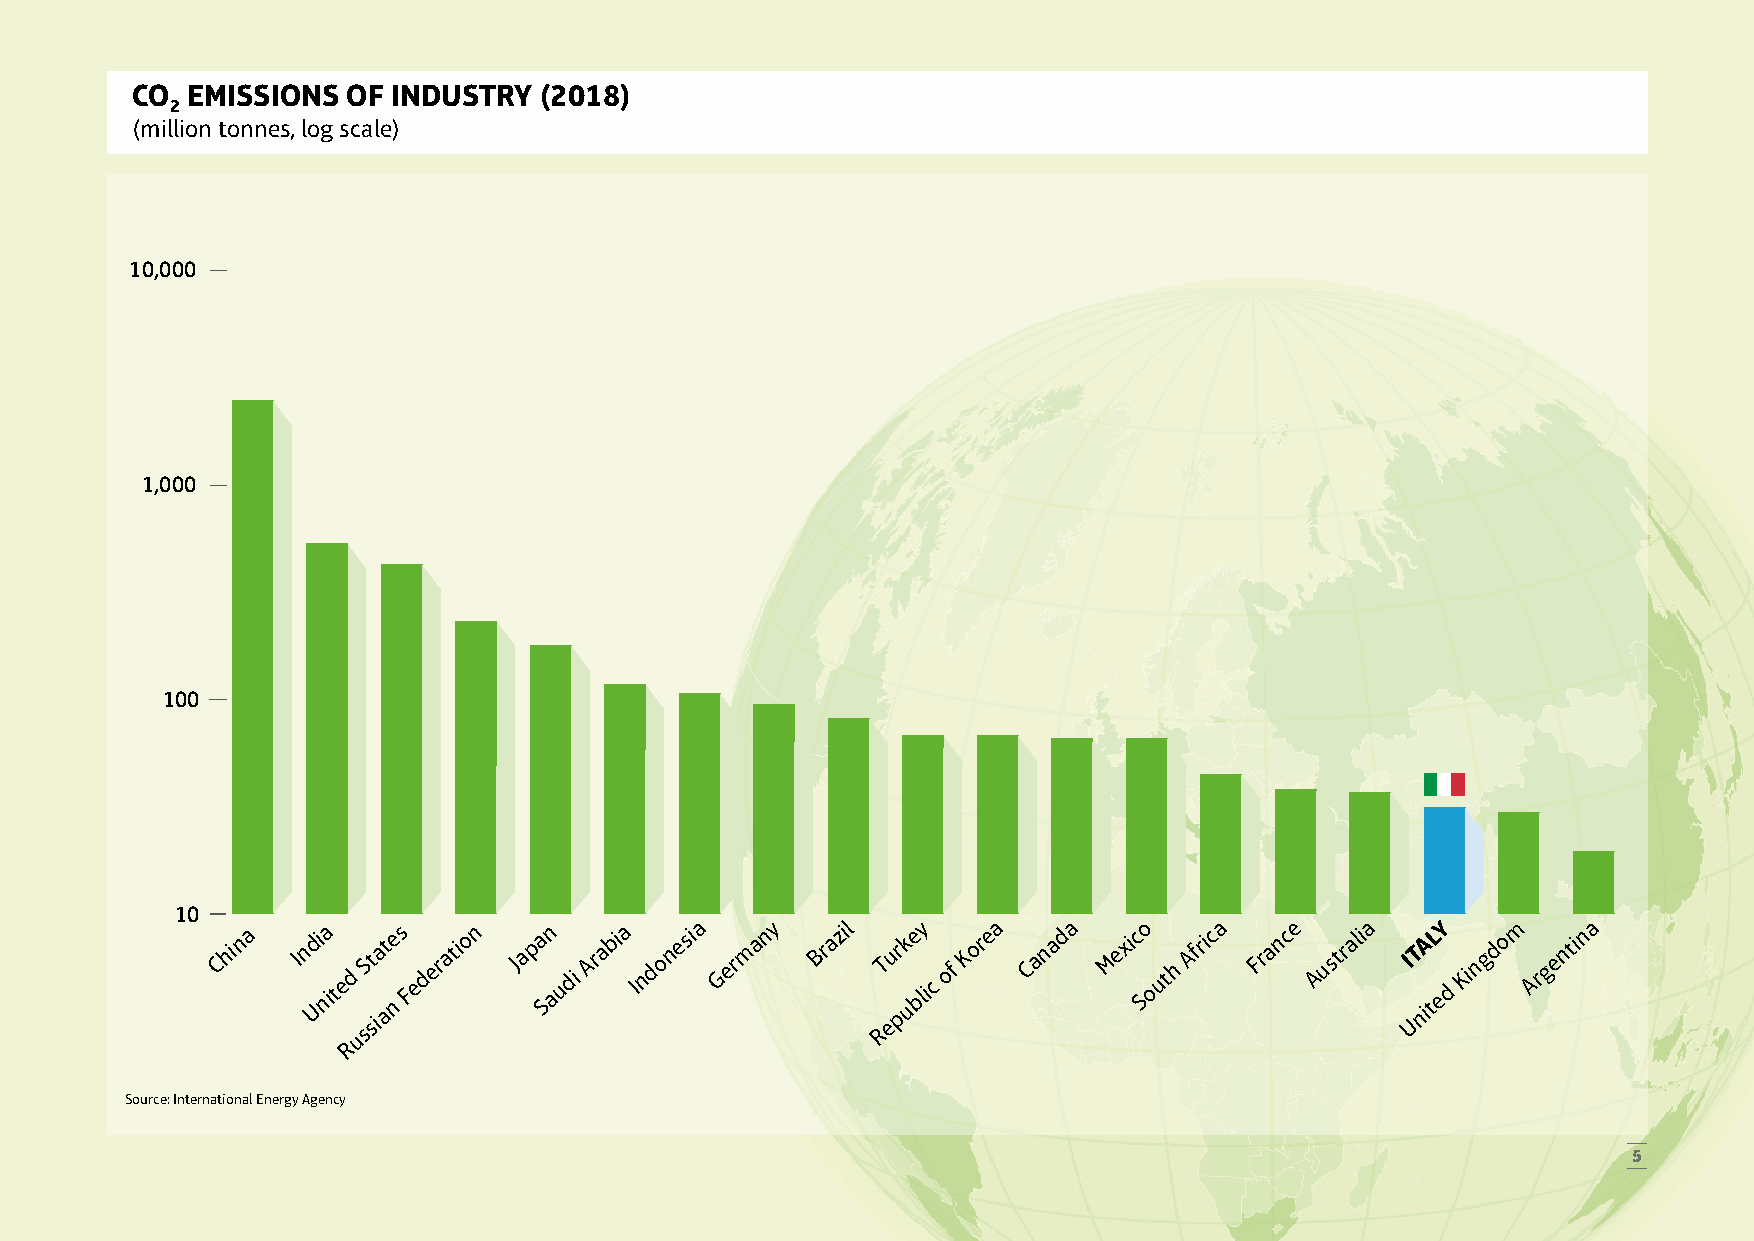
CO EMISSIONS  OF INDUSTRY  (2018)
 2
 (million tonnes, log scale)
 10,000
 1,000
 100
 10
 China Ind Ui na
 ited
 usSt sia at ne s Federation Japa Sn
 audi
 Arabia Indonesia Germ any Brazil RT eur pk ue bly
 ic
 of Korea Canada Mexic So outh Africa France Australia I UT niA tL eY
 d
 Kingdo m Argentina
 R
 Source: International Energy Agency
 5